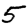
Digit: 5